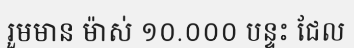
រួមមាន ម៉ាស់ ១០.០០០ បន្ទះ ជែល